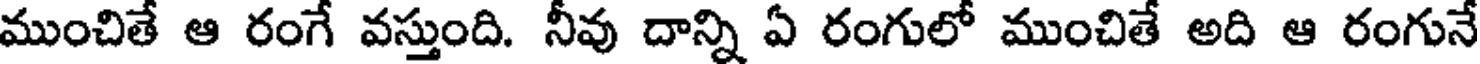
ముంచితే ఆ రంగే వస్తుంది. నీవు దాన్ని ఏ రంగులో ముంచితే అది ఆ రంగునే